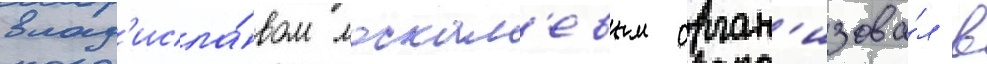
влад'исла́вом москал'евым орган'изова́л в